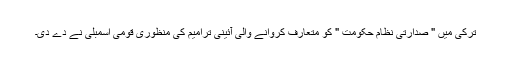
ترکی میں " صدارتی نظامِ حکومت " کو متعارف کروانے والی آئینی ترامیم کی منظوری قومی اسمبلی نے دے دی۔